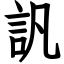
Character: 訉